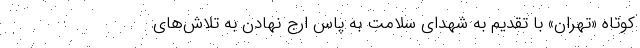
کوتاه «تهران» با تقدیم به شهدای سلامت به پاس ارج نهادن به تلاش‌های